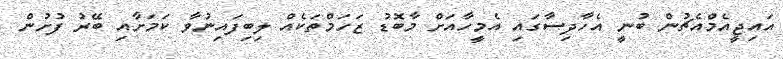
އައިޖީއެމްއެޗުން ބުނީ އެހާދިސާގައި އެމީހާއަށް މާބޮޑު ޒަހަމްތަކެއް ލިބިފައިނުވާ ކަމަށާއި ބޭރު ފުށުން